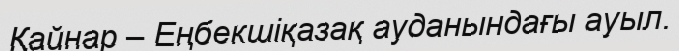
Қайнар – Еңбекшіқазақ ауданындағы ауыл.